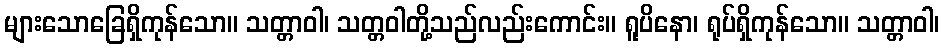
များသောခြေရှိကုန်သော။ သတ္တာဝါ၊ သတ္တဝါတို့သည်လည်းကောင်း။ ရူပိနော၊ ရုပ်ရှိကုန်သော။ သတ္တာဝါ၊